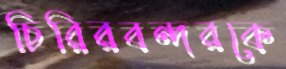
চিরিরবন্দরকে